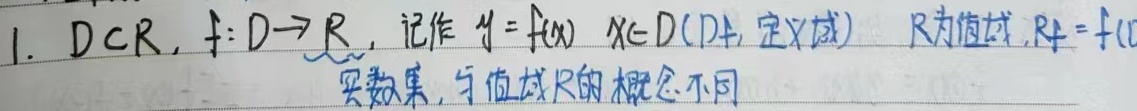
设 \(D\subset\mathbb{R}\)，\(f:D\rightarrow\mathbb{R}\)，记作 \(y = f(x)\)，\(x\in D\)（\(D\) 为定义域），\(R_f = f(D)\) 为值域，这里的 \(\mathbb{R}\) 是实数集，与值域 \(R_f\) 的概念不同。